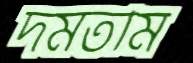
দমতাম